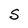
Character: S